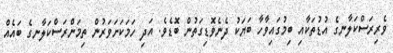
ވެރިރަސްކަލާނގެ އުޑުތަކާއި ބިމުގައިވާހާ ބަޔަކު ދެނެވޮޑިގަތުން ބޮޑެވެ. އަދި ހަމަކަށަވަރުން ތިމަންރަސްކަލާނގެ ބައެއް